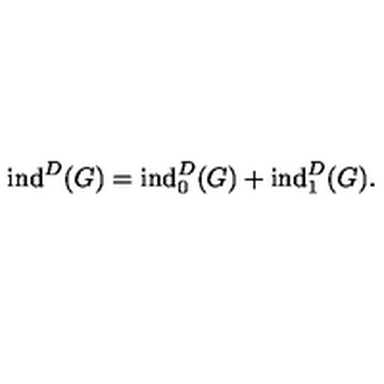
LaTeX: \mathrm { i n d } ^ { D } ( G ) = \mathrm { i n d } _ { 0 } ^ { D } ( G ) + \mathrm { i n d } _ { 1 } ^ { D } ( G ) .